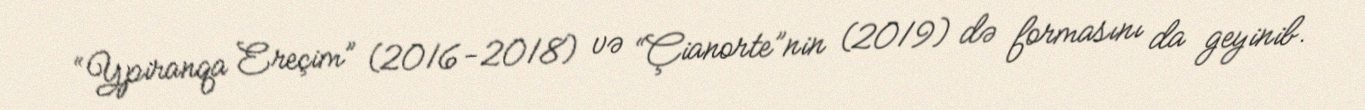
“Ypiranqa Ereçim” (2016-2018) və “Çianorte”nin (2019) də formasını da geyinib.